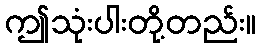
ဤသုံးပါးတို့တည်း။